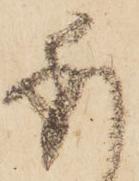
委